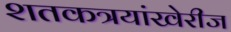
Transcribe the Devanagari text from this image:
शतकत्रयांखेरीज